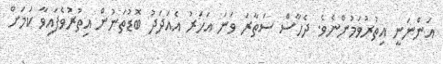
އަންނަނީ އިތުރުވަމުންނެވެ. ދެހާސް ސަތާރަ ވަނަ އަހަރު އެއަދަދު ބޮޑުތަނުން އިތުރުވެފައިވާ ކަމަށް